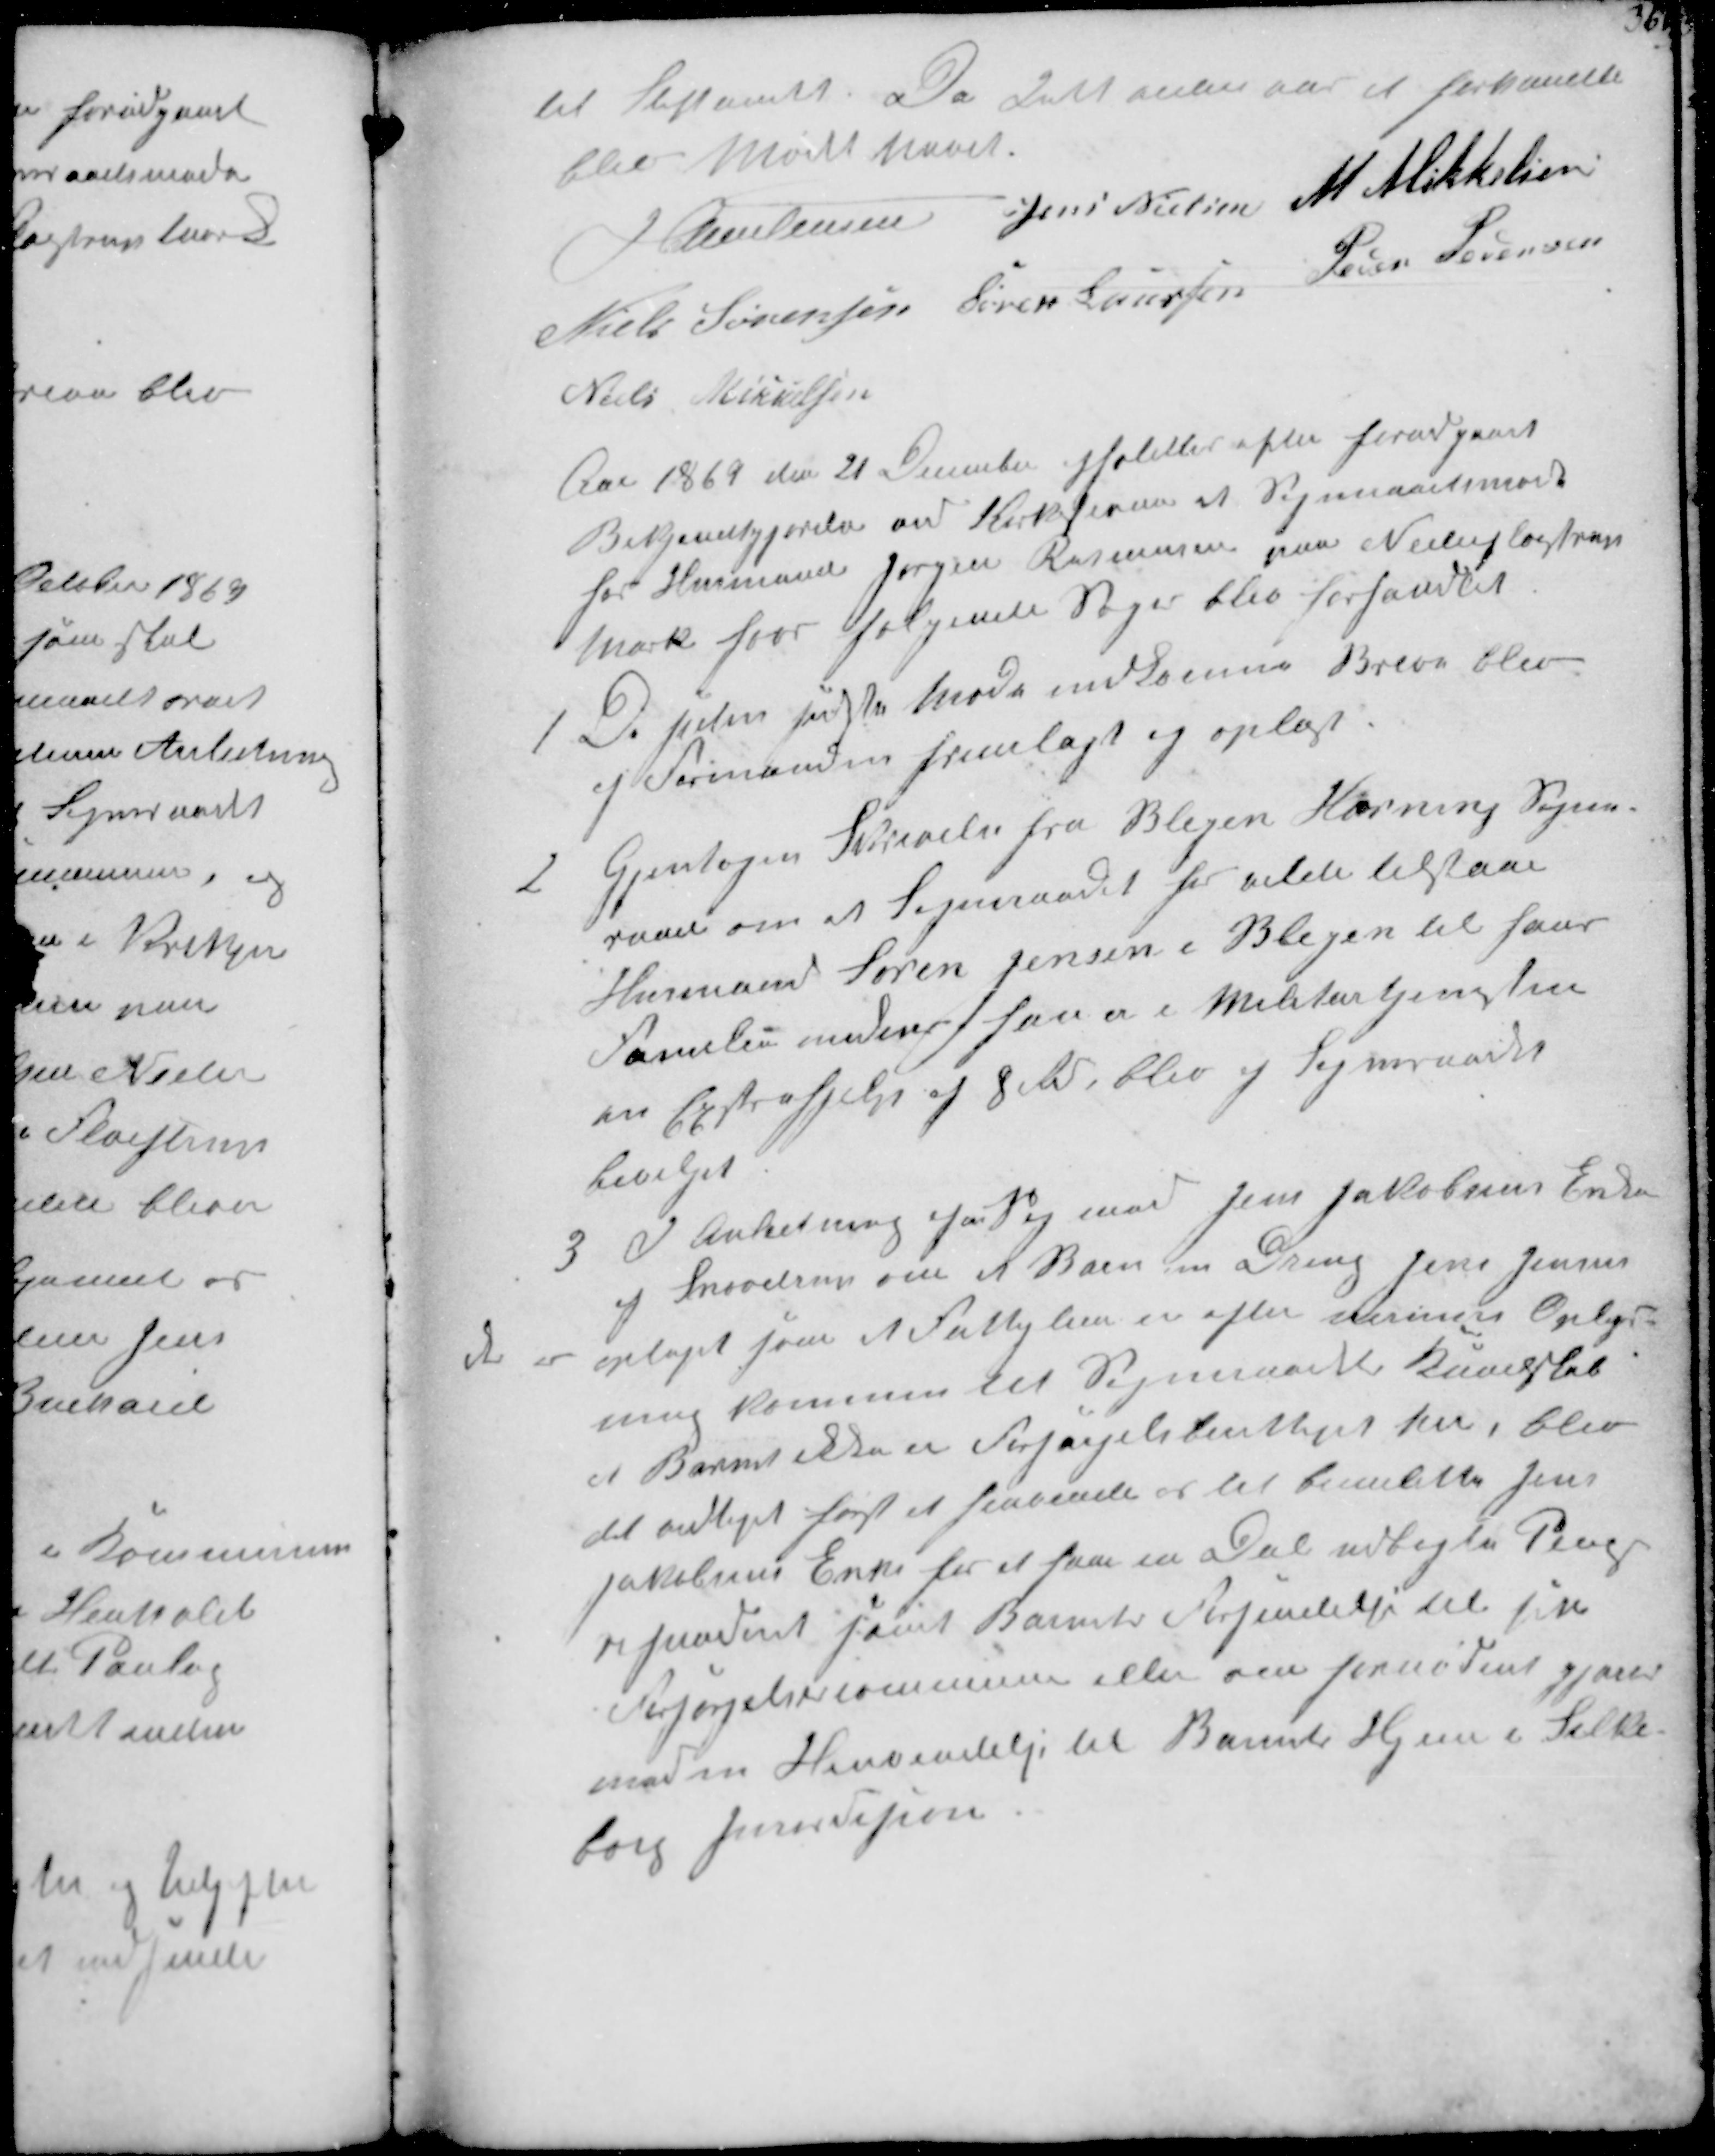
Transskription:
til Stiftamtet. Da Intet videre var at forhandle
blev Mødet hævet.
J Christensen Jens Nielsen M. Mikkelsen
Niels Sørensen Søren Laursen Peder Pedersen
Niels Mikkelsen
Aar 1869 den 21 December afholdtes efter forudgaaet
Bekjendtgjørelse ved Kirkestævne et Sogneraadsmøde
hos Husmand Jørgen Rasmussen paa Nederfløjstrup
Mark hvor følgende Sager blev forhandlet

1
De siden sidste Møde indkomne Breve blev
af Formanden fremlagt og oplæst

2
Gjentagen Skrivelse fra Blegen Hørning Sogne-
raad om at Sogneraadet her vilde tilstaa
Husmand Søren Jensen i Blegen til hans
Familie medens han er i Militærtjeneste
en Extrahjelp af 8 Rd, blev af Sogneraadet
bevilget.

3
I Anledning af en Sag med Jens Jakobsens Enke
af Snovdrup om et Barn en Dreng Jens Jensen
der er optaget som et Fattiglem er efter dennes Oplys-
ning kommen til Sogneraadets Kendskab
at Barnet ikke er Forsørgelsentliget her, blev
det vedtaget først at henvende os til bemeldte Jens
Jakobsens Enke for at faa en Del udlagte Penge
refunderet samt Barnets Forsendelse til sin
Besørgelsescommune eller om fornødent gjort
med en Henvendelse til Barnets Hjem i Silke-
borg